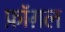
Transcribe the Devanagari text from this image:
फ़ॉग़ल